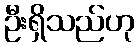
ဦးရှိသည်ဟု